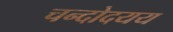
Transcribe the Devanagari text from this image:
चन्दोदयय